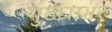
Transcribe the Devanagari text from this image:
गुढघाभर